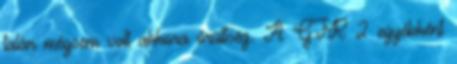
talán mégsem volt akkora őrültség. A GTR 2 egyébként